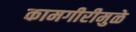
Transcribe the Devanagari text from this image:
कामगीरीमुळे